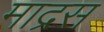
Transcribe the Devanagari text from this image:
माद्रस